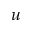
u